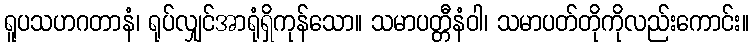
ရူပသဟဂတာနံ၊ ရုပ်လျှင်အာရုံရှိကုန်သော။ သမာပတ္တီနံဝါ၊ သမာပတ်တိုကိုလည်းကောင်း။